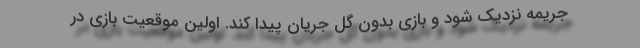
جریمه نزدیک شود و بازی بدون گل جریان پیدا کند. اولین موقعیت بازی در